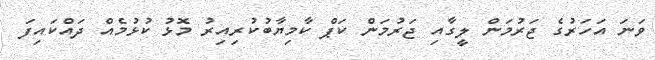
ވަނަ އަހަރުގެ ޖަރުމަން ލީގާއި ޖަރުމަން ކަޕް ކާމިޔާބުކުރިއިރު މޮޅު ކުޅުމެއް ދައްކައިފަ